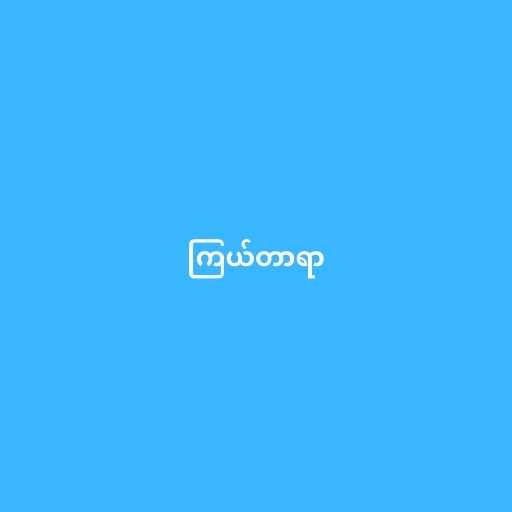
ကြယ်တာရာ